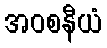
အဝစနီယံ